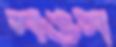
সঙস